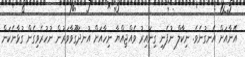
އޭނާއަށް އެނގުނެވެ. ނިކާލް ނުފެނި ގިނައިރު ވެއްޖިއްޔާ ނިހާއަށް އުނދަގޫވާވަރުން ނުހުރެވިގެން ގުޅާނެކަން